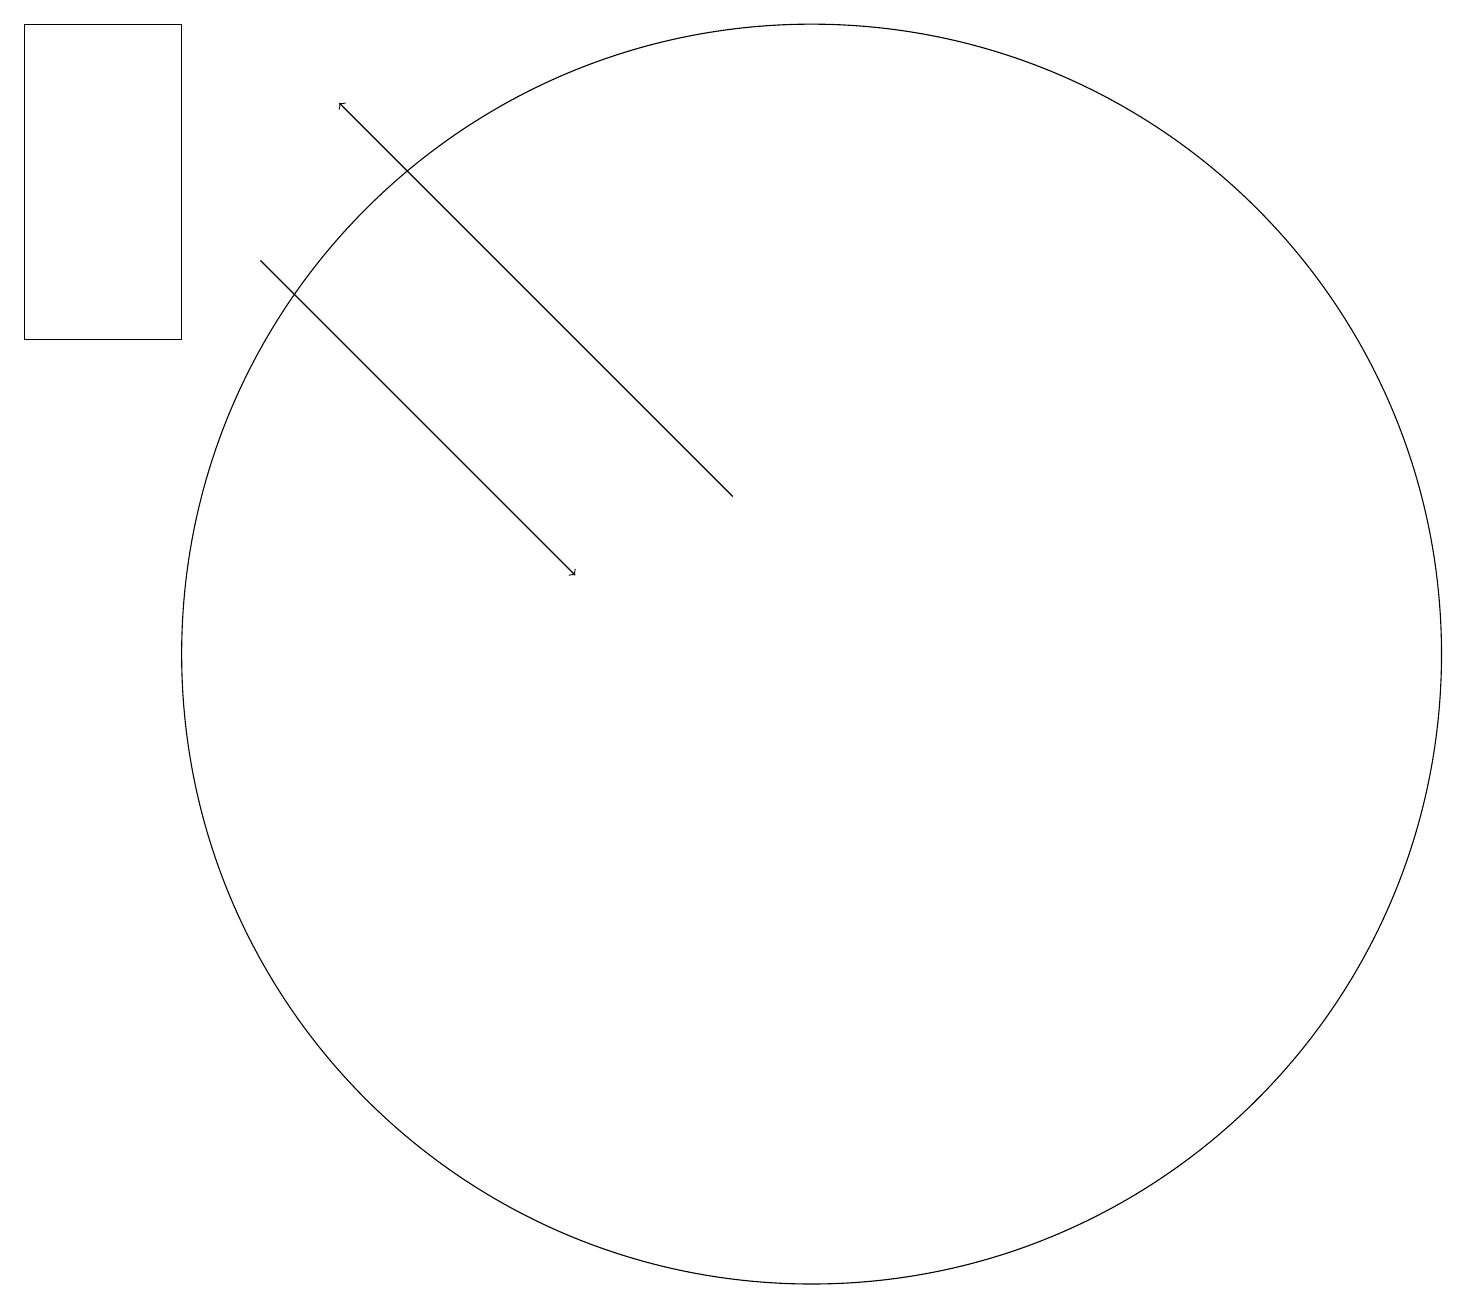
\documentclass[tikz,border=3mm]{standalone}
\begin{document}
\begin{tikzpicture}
\draw[->] (3,16) -- (7,12);
\draw[->] (9,13) -- (4,18);
\draw (2,19) rectangle (0,15);
\draw (10,11) circle (8);
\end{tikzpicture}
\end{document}